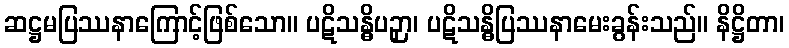
ဆဋ္ဌမပြဿနာကြောင့်ဖြစ်သော။ ပဋိသန္ဓိပဉှာ၊ ပဋိသန္ဓိပြဿနာမေးခွန်းသည်။ နိဋ္ဌိတာ၊